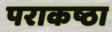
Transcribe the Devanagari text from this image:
पराकष्ठा